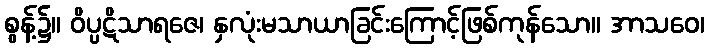
စွန့်၌။ ဝိပ္ပဋိသာရဇေ၊ နှလုံးမသာယာခြင်းကြောင့်ဖြစ်ကုန်သော။ အာသဝေ၊